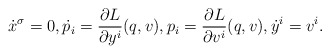
\begin{align*} \dot{x} ^\sigma = 0 , \dot{p} _i = \frac{ \partial L }{ \partial y ^i } ( q, v ) , p _i = \frac{ \partial L }{ \partial v ^i } ( q, v ) , \dot{y} ^i = v ^i .\end{align*}